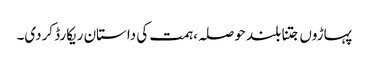
پہاڑوں جتنا بلند حوصلہ، ہمت کی داستان ریکارڈ کردی۔